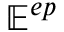
\mathbb E ^ { e p }